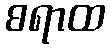
စရာထ